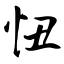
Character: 忸